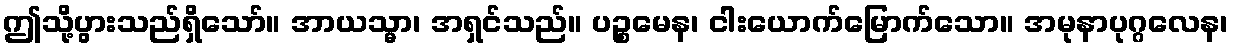
ဤသို့ပွားသည်ရှိသော်။ အာယသ္မာ၊ အရှင်သည်။ ပဉ္စမေန၊ ငါးယောက်မြောက်သော။ အမုနာပုဂ္ဂလေန၊